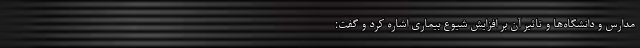
مدارس و دانشگاه‌ها و تاثیر آن بر افزایش شیوع بیماری اشاره کرد و گفت: